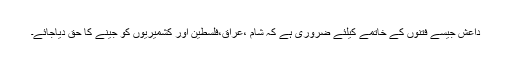
داعش جیسے فتنوں کے خاتمے کیلئے ضروری ہے کہ شام ،عراق،فلسطین اور کشمیریوں کو جینے کا حق دیاجائے۔